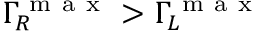
\Gamma _ { R } ^ { \mathrm { ~ m ~ a ~ x ~ } } > \Gamma _ { L } ^ { \mathrm { ~ m ~ a ~ x ~ } }